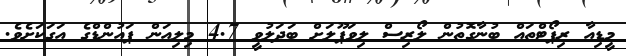
މީޑިއާ ރިޕޯޓްތައް ބުނާގޮތުން ލޯރިސް ލިވަޕޫލަށް ބަދަލުވީ 4.7 މިލިއަން ޕައުންޑްގެ އަގަކަށެވެ.